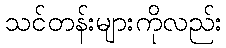
သင်တန်းများကိုလည်း